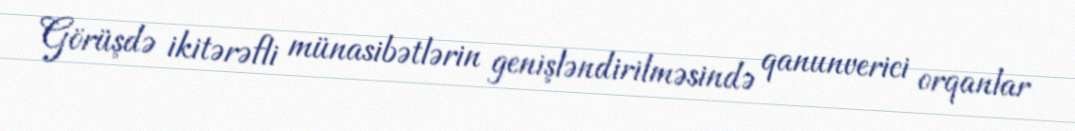
Görüşdə ikitərəfli münasibətlərin genişləndirilməsində qanunverici orqanlar